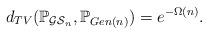
LaTeX: \begin{align*} d_{TV}(\mathbb{P}_{\mathcal{GS}_n}, \mathbb{P}_{Gen(n)}) = e^{-\Omega(n)}.\end{align*}